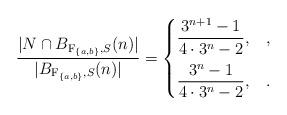
LaTeX: \begin{align*}\frac{|N\cap B_{{\rm F}_{\{a,b\}},S}(n)|}{|B_{{\rm F}_{\{a,b\}},S}(n)|} = \begin{cases}\displaystyle\frac{3^{n+1} -1}{4 \cdot 3^{n} - 2}, &,\medskip \\\displaystyle\frac{3^{n} -1}{4 \cdot 3^{n} - 2}, &.\end{cases}\end{align*}